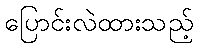
ပြောင်းလဲထားသည့်